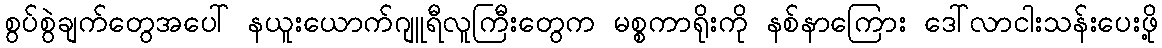
စွပ်စွဲချက်တွေအပေါ် နယူးယောက်ဂျူရီလူကြီးတွေက မစ္စကာရိုးကို နစ်နာကြေား ဒေါ်လာငါးသန်းပေးဖို့